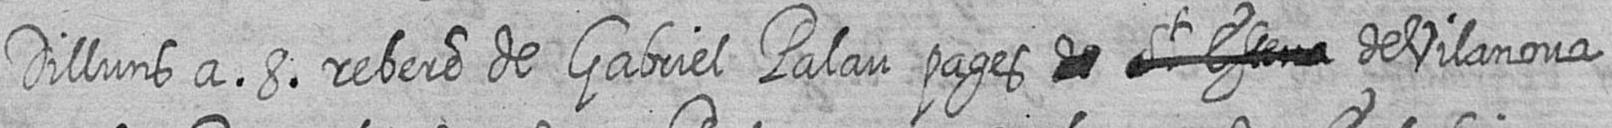
Dilluns a 8 rebere de Gabriel Palau pages # # # de Vilanova